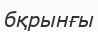
бқрынғы